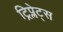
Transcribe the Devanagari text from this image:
ट्रिप्लेट्स